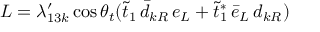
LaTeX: L = \lambda _ { 1 3 k } ^ { \prime } \cos \theta _ { t } ( \tilde { t } _ { 1 } \, \bar { d } _ { k R } \, e _ { L } + \tilde { t } _ { 1 } ^ { * } \, \bar { e } _ { L } \, d _ { k R } )